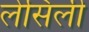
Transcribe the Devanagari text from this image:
लेसिली